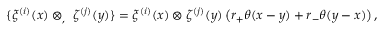
\{ \xi ^ { ( i ) } ( x ) \otimes _ { , } \ \zeta ^ { ( j ) } ( y ) \} = \xi ^ { ( i ) } ( x ) \otimes \zeta ^ { ( j ) } ( y ) \left( r _ { + } \theta ( x - y ) + r _ { - } \theta ( y - x ) \right) ,